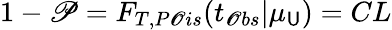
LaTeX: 1-\mathscr{P}=F_{T,P\mathscr{O}is}(t_{\mathscr{O}bs}|\mu_{\mathsf{U}})=CL